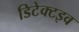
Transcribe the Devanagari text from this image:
डिटेक्टइव